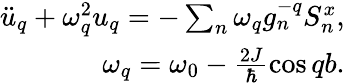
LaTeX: \begin{array}{r}{\ddot{u}_{q}+\omega_{q}^{2}u_{q}=-\sum_{n}\omega_{q}g_{n}^{-q}S_{n}^{x},}\\ {\omega_{q}=\omega_{0}-\frac{2J}{\hbar}\cos qb.}\end{array}